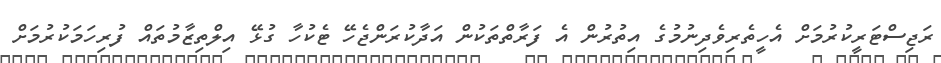
ރަޖިސްޓަރީކުރުމަށް އެހީތެރިވެދިނުމުގެ އިތުރުން އެ ފަރާތްތަކުން އަދާކުރަންޖެހޭ ޓެކުހާ ގުޅޭ އިލްތިޒާމުތައް ފުރިހަމަކުރުމަށް